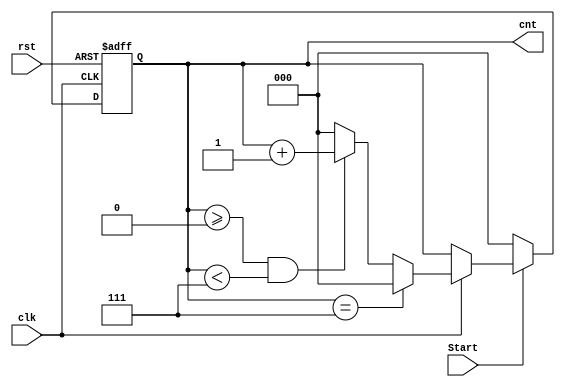
//Verilog HDL Code for 3 bit counter

module Counter_3bit (cnt,clk,rst, Start);
	input wire clk,rst, Start;
	output reg [2:0]cnt;

	always @ (posedge clk,  negedge rst)   
	begin 
		 if(!rst) 
				cnt <= 3'b000;
		 else
			begin

				if (!Start) 
					cnt <= 3'b000;
				else
					begin
						if(clk) 
							begin
								if(cnt == 3'b111)
									cnt <= 3'b000;
								else if( cnt >= 3'b000 && cnt < 3'b111)
									cnt <= cnt+1;
								else
									cnt <= 3'b000;
							end
								
						else 
							cnt <= cnt;
					end
			end
	 
		 
	end

endmodule